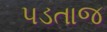
પડતાજ